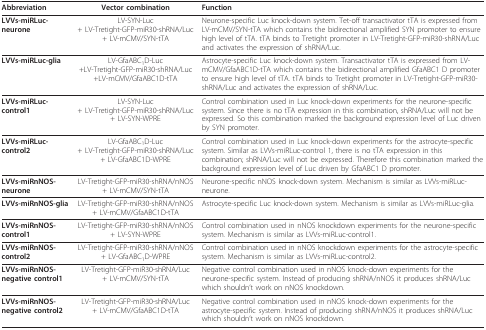
<table><thead><tr><td><b>Abbreviation</b></td><td><b>Vector combination</b></td><td><b>Function</b></td></tr></thead><tbody><tr><td><b>LVVs-miRLuc-neurone</b></td><td>LV-SYN-Luc+ LV-Tretight-GFP-miR30-shRNA/Luc+ LV-mCMV/SYN-tTA</td><td>Neurone-specific Luc knock-down system. Tet-off transactivator tTA is expressed from LV-mCMV/SYN-tTA which contains the bidirectional amplified SYN promoter to ensure high level of tTA. tTA binds to Tretight promoter in LV-Tretight-GFP-miR30-shRNA/Luc and activates the expression of shRNA/Luc.</td></tr><tr><td><b>LVVs-miRLuc-glia</b></td><td>LV-GfaABC<sub>1</sub>D-Luc+LV-Tretight-GFP-miR30-shRNA/Luc+LV-mCMV/GfaABC1D-tTA</td><td>Astrocyte-specific Luc knock-down system. Transactivator tTA is expressed from LV-mCMV/GfaABC1D-tTA which contains the bidirectional amplified GfaABC1 D promoter to ensure high level of tTA. tTA binds to Tretight promoter in LV-Tretight-GFP-miR30-shRNA/Luc and activates the expression of shRNA/Luc.</td></tr><tr><td><b>LVVs-miRLuc-control1</b></td><td>LV-SYN-Luc+ LV-Tretight-GFP-miR30-shRNA/Luc+ LV-SYN-WPRE</td><td>Control combination used in Luc knock-down experiments for the neurone-specific system. Since there is no tTA expression in this combination, shRNA/Luc will not be expressed. So this combination marked the background expression level of Luc driven by SYN promoter.</td></tr><tr><td><b>LVVs-miRLuc-control2</b></td><td>LV-GfaABC<sub>1</sub>D-Luc+ LV-Tretight-GFP-miR30-shRNA/Luc + LV-GfaABC1D-WPRE</td><td>Control combination used in Luc knock-down experiments for the astrocyte-specific system. Similar as LVVs-miRLuc-control 1, there is no tTA expression in this combination; shRNA/Luc will not be expressed. Therefore this combination marked the background expression level of Luc driven by GfaABC1 D promoter.</td></tr><tr><td><b>LVVs-miRnNOS-neurone</b></td><td>LV-Tretight-GFP-miR30-shRNA/nNOS+ LV-mCMV/SYN-tTA</td><td>Neurone-specific nNOS knock-down system. Mechanism is similar as LVVs-miRLuc-neurone.</td></tr><tr><td><b>LVVs-miRnNOS-glia</b></td><td>LV-Tretight-GFP-miR30-shRNA/nNOS + LV-mCMV/GfaABC1D-tTA</td><td>Astrocyte-specific Luc knock-down system. Mechanism is similar as LVVs-miRLuc-glia.</td></tr><tr><td><b>LVVs-miRnNOS-control1</b></td><td>LV-Tretight-GFP-miR30-shRNA/nNOS + LV-SYN-WPRE</td><td>Control combination used in nNOS knockdown experiments for the neurone-specific system. Mechanism is similar as LVVs-miRLuc-control1.</td></tr><tr><td><b>LVVs-miRnNOS-control2</b></td><td>LV-Tretight-GFP-miR30-shRNA/nNOS + LV-GfaABC<sub>1</sub>D-WPRE</td><td>Control combination used in nNOS knockdown experiments for the astrocyte-specific system. Mechanism is similar as LVVs-miRLuc-control2.</td></tr><tr><td><b>LVVs-miRnNOS-negative control1</b></td><td>LV-Tretight-GFP-miR30-shRNA/Luc+ LV-mCMV/SYN-tTA</td><td>Negative control combination used in nNOS knock-down experiments for the neurone-specific system. Instead of producing shRNA/nNOS it produces shRNA/Luc which shouldn&#x27;t work on nNOS knockdown.</td></tr><tr><td><b>LVVs-miRnNOS-negative control2</b></td><td>LV-Tretight-GFP-miR30-shRNA/Luc+ LV-mCMV/GfaABC1D-tTA</td><td>Negative control combination used in nNOS knock-down experiments for the astrocyte-specific system. Instead of producing shRNA/nNOS it produces shRNA/Luc which shouldn&#x27;t work on nNOS knockdown.</td></tr></tbody></table>